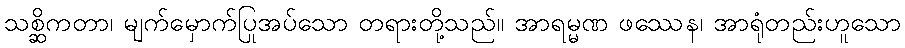
သစ္ဆိကတာ၊ မျက်မှောက်ပြုအပ်သော တရားတို့သည်။ အာရမ္မဏ ဖဿေန၊ အာရုံတည်းဟူသော